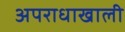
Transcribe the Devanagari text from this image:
अपराधाखाली